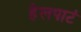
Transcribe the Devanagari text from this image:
हेलपाटं